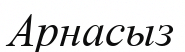
Арнасыз